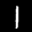
Label: 1